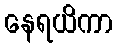
နေရယိကာ